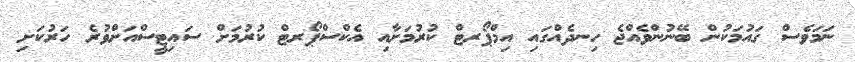
ނަމަވެސް ގައުމަކުން ބޭނުންވެއްޖެ ހިނދެއްގައި އިމްޕޯރޓް ކުރުމަށާއި އެކްސްޕޯރޓް ކުރުމަށް ސައިޓީސްއަށްވުރެ ހަރުކަށި